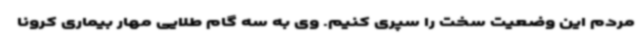
مردم این وضعیت سخت را سپری کنیم. وی به سه گام طلایی مهار بیماری کرونا